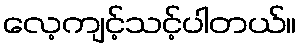
လေ့ကျင့်သင့်ပါတယ်။